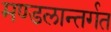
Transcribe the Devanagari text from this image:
मण्डलान्तर्गत